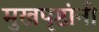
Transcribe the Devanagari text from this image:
मुखपृष्ठांनी